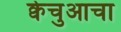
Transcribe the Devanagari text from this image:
क्वेचुआचा